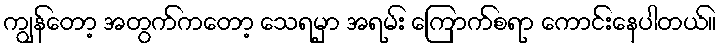
ကျွန်တော့ အတွက်ကတော့ သေရမှာ အရမ်း ကြောက်စရာ ကောင်းနေပါတယ်။